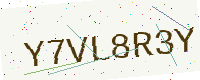
Text: Y7VL8R3Y